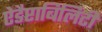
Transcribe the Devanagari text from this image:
ऐडैप्टाबिलिटी